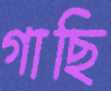
গাছি